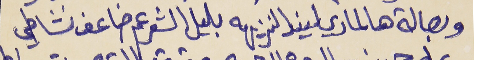
وبصالة هالماري ليند النزيهه     بليل الشعر عم ضاعف نشاطي